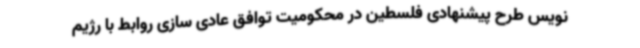
نویس طرح پیشنهادی فلسطین در محکومیت توافق عادی سازی روابط با رژیم